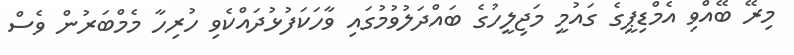
މިރޭ ބޭއްވި އެމްޑިޕީގެ ގައުމީ މަޖިލީހުގެ ބައްދަލުވުމުގައި ވާހަކަފުޅުދައްކެވި ހުރިހާ މެމްބަރުން ވެސް